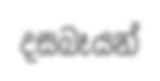
දසබෑයන්